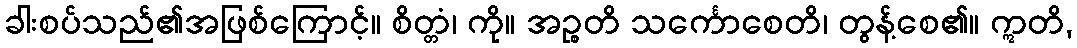
ခါးစပ်သည်၏အဖြစ်ကြောင့်။ စိတ္တံ၊ ကို။ အဉ္စတိ သင်္ကောစေတိ၊ တွန့်စေ၏။ ဣတိ,